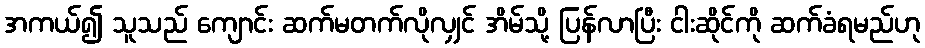
အကယ်၍ သူသည် ကျောင်း ဆက်မတက်လိုလျှင် အိမ်သို့ ပြန်လာပြီး ငါးဆိုင်ကို ဆက်ခံရမည်ဟု